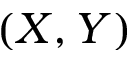
( X , Y )